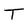
Character: T